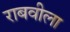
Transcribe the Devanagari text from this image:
राबवीला